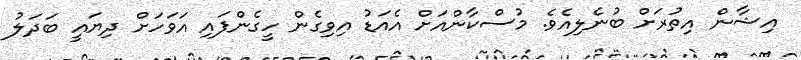
އިޝާން އިތުރަށް ބުނެލިއެވެ. މުސްކާންއަށް އެއަޑު އިވިގެން ހީގެންފައި އަވަހަށް ދިޔައީ ބަދަލު